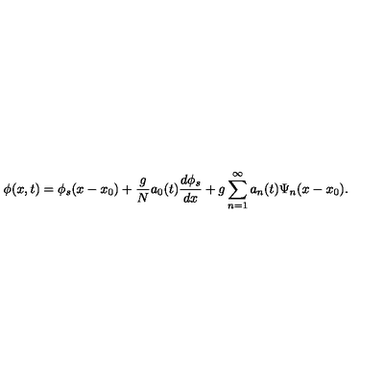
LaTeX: \phi ( x , t ) = \phi _ { s } ( x - x _ { 0 } ) + \frac { g } { N } a _ { 0 } ( t ) \frac { d \phi _ { s } } { d x } + g \sum _ { n = 1 } ^ { \infty } a _ { n } ( t ) \Psi _ { n } ( x - x _ { 0 } ) .